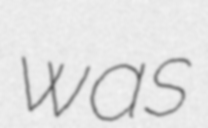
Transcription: was